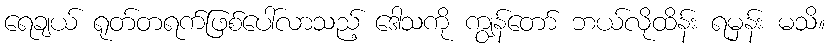
ရေချယ် ရုတ်တရက်ဖြစ်ပေါ်လာသည့် ဒေါသကို ကျွန်တော် ဘယ်လိုထိန်း ရမှန်း မသိ။